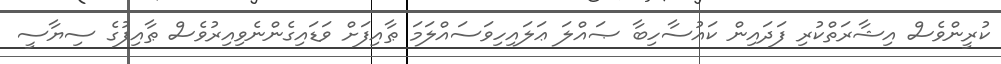
ކުރީންވެސް އިޝާރަތްކުރި ފަދައިން ކައުސާހިބާ ޞައްލަ ޢަލައިހިވަސައްލަމަ ޠާއިފަށް ވަޑައިގެންނެވިއިރުވެސް ޠާއިފުގެ ސިޔާސީ